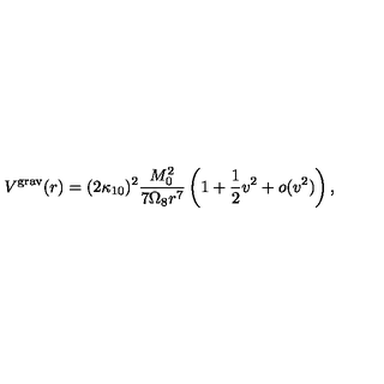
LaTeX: V ^ { \mathrm { g r a v } } ( r ) = ( 2 \kappa _ { 1 0 } ) ^ { 2 } { \frac { M _ { 0 } ^ { 2 } } { 7 \Omega _ { 8 } r ^ { 7 } } } \left( 1 + \frac { 1 } { 2 } v ^ { 2 } + o ( v ^ { 2 } ) \right) ,